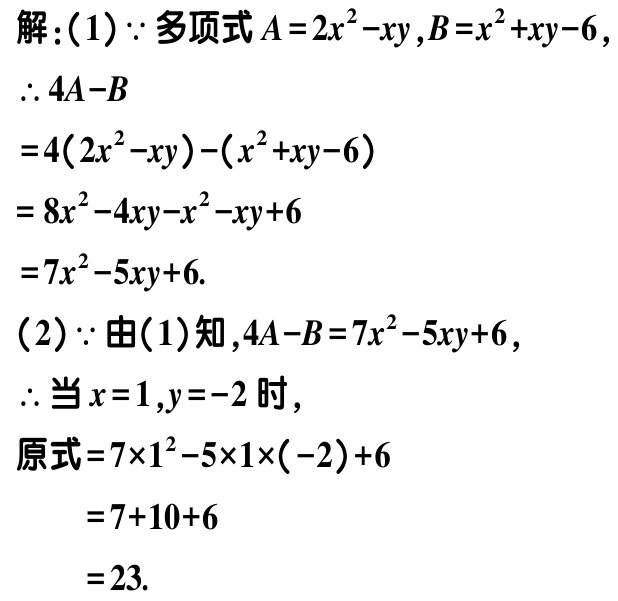
解：(1) \(\because\) 多项式 \(A = 2x^{2}-xy\) , \(B = x^{2}+xy - 6\) ,
\(\therefore 4A - B\)
\(= 4(2x^{2}-xy)-(x^{2}+xy - 6)\)
\(= 8x^{2}-4xy - x^{2}-xy + 6\)
\(= 7x^{2}-5xy + 6\).
(2) \(\because\) 由(1)知 , \(4A - B = 7x^{2}-5xy + 6\) ,
\(\therefore\) 当 \(x = 1\) , \(y = - 2\) 时 ,
原式 \(= 7\times1^{2}-5\times1\times(-2)+6\)
\(= 7 + 10+6\)
\(= 23\).